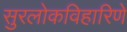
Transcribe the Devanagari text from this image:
सुरलोकविहारिणे